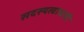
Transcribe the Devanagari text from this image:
सदस्यत्वाचाही